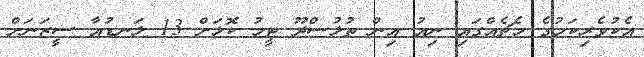
އެކުވެރިކަމުގެ މެޗެއްގައި ނިއު އިން ތުލުސްދޫ ޓީމު ކޮޅަށް 13 ލަނޑުއާ ސީޒަނަށް